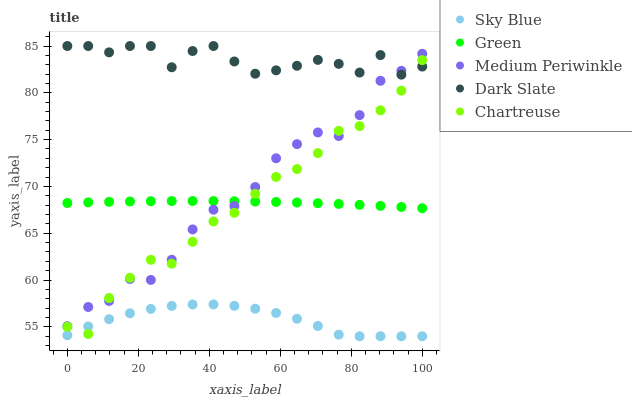
| xaxis_label | Sky Blue | Green | Medium Periwinkle | Dark Slate | Chartreuse |
 | --- | --- | --- | --- | --- | --- |
 | 0 | 54.1 | 68.2 | 55.1 | 85 | 55 |
 | 5.88 | 55 | 68.3 | 57.1 | 85 | 54.2 |
 | 11.8 | 55.8 | 68.4 | 57.8 | 84.3 | 58.1 |
 | 17.6 | 56.5 | 68.4 | 60.1 | 85 | 60.2 |
 | 23.5 | 56.9 | 68.4 | 60 | 85 | 62.2 |
 | 29.4 | 57.2 | 68.4 | 62.2 | 82.7 | 61.8 |
 | 35.3 | 57.4 | 68.4 | 65.4 | 84.5 | 64.1 |
 | 41.2 | 57.4 | 68.4 | 67.5 | 85 | 66.3 |
 | 47.1 | 57.2 | 68.4 | 67.9 | 83.3 | 67.2 |
 | 52.9 | 56.9 | 68.4 | 69.9 | 82 | 69.2 |
 | 58.8 | 56.5 | 68.3 | 73 | 82.4 | 71 |
 | 64.7 | 55.9 | 68.3 | 74.5 | 82.9 | 71.9 |
 | 70.6 | 55.1 | 68.2 | 75.8 | 83.5 | 73.6 |
 | 76.5 | 54.2 | 68.1 | 75.4 | 83.1 | 75.9 |
 | 82.4 | 54 | 68 | 77.6 | 82.2 | 76.4 |
 | 88.2 | 54 | 67.9 | 81.3 | 84 | 78.1 |
 | 94.1 | 54 | 67.8 | 82.4 | 81.9 | 80.2 |
 | 100 | 54 | 67.7 | 84.2 | 82.8 | 83.5 |